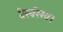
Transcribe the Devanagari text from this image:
देखरेख।